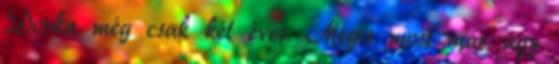
Dorka még csak két éves. Mégis most már úgy